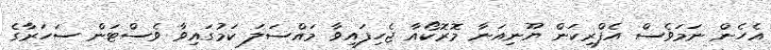
އެހެން ނަމަވެސް އެފްރިކަން ޔޫނިއަނާ މޮރޮކޯއާ ޖެހިފައިވާ މައްސަލަ ކަމުގައިވާ ވެސްޓަން ސަހަރާގެ